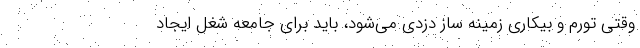
وقتی تورم و بیکاری زمینه ساز دزدی می‌شود، باید برای جامعه شغل ایجاد